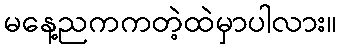
မနေ့ညကကတဲ့ထဲမှာပါလား။